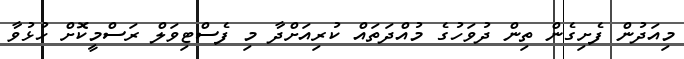
މިއަދުން ފެށިގެން ތިން ދުވަހުގެ މުއްދަތައް ކުރިއަށްދާ މި ފެސްޓިވަލް ރަސްމީކޮށް ހުޅުވާ